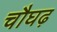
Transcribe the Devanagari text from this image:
चौघढ़